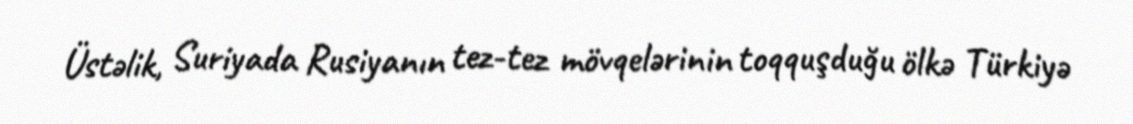
Üstəlik, Suriyada Rusiyanın tez-tez mövqelərinin toqquşduğu ölkə Türkiyə